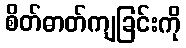
စိတ်ဓာတ်ကျခြင်းကို